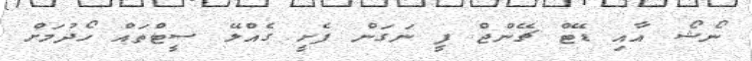
ނޯޝޯ އާއި ޑޭޓް ޗޭންޖް ފީ ނަގަން ފެށީ ގެއްލޭ ސީޓްތައް ހޯދުމަށް